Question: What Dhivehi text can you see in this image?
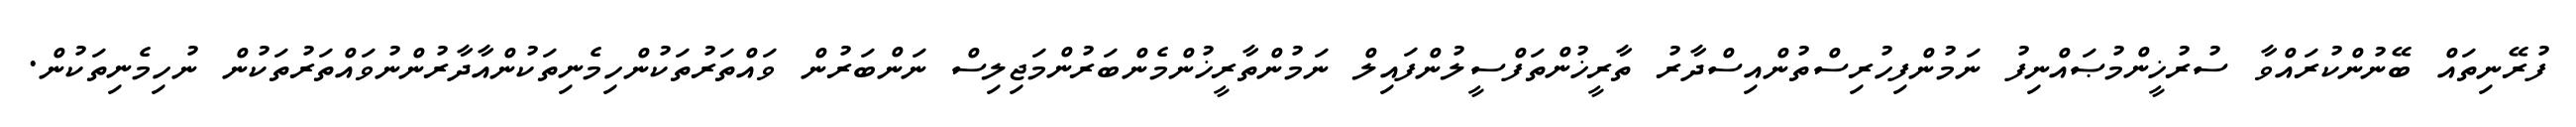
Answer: ފުރޭނިތައް ބޭނުންކުރައްވާ ސުރުޚީންމުޞައްނިފު ނަމުންފިހުރިސްތުންއިސްދާރު ތާރީޚުންތަފްސީލުންފައިލް ނަމުންތާރީޚުންމެންބަރުންމަޖިލިސް ނަންބަރުން ވައްތަރުތަކުންހިމެނިތަކުންއާދާރުންނުވައްތަރުތަކުން ނުހިމެނިތަކުން.